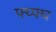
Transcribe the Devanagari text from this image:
फ्घ्फ्घ